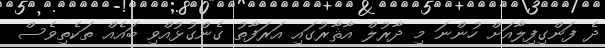
ދެ ފަންގިފިލާއަށް ހުންނަ މި ދާރުލް އާޘާރުގައި އަރަފާތު ގެންގުޅުއްވި ބައެއް ތަކެތިވެސް